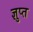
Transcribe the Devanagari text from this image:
ज्ञुप्‍त